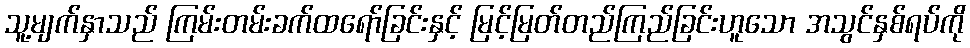
သူ့မျက်နှာသည် ကြမ်းတမ်းခက်ထရော်ခြင်းနှင့် မြင့်မြတ်တည်ကြည်ခြင်းဟူသော အသွင်နှစ်ရပ်ကို